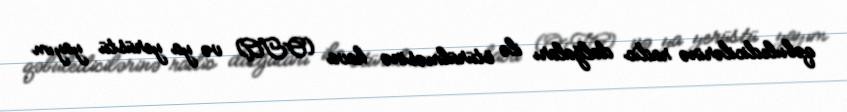
qəbuledicilərinə radio dalğaları ilə ötürülməsinə hava (OTA) və ya yerüstü yayım